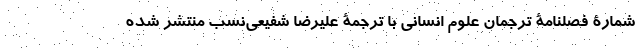
شمارۀ فصلنامۀ ترجمان علوم انسانی با ترجمۀ علیرضا شفیعی‌نسب منتشر شده